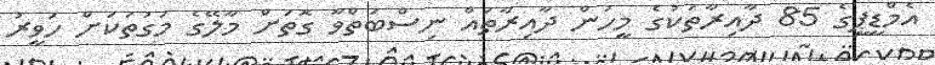
އެމްޑީޕީގެ 85 ދާއިރާތަކުގެ މީހުން ދާއިރާތައް ނިސްބަތްވާ ގޮތަށް މާލޭގެ މަގުތަކަށް ހަވީރު